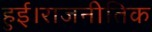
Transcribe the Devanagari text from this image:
हुई।राजनीतिक